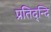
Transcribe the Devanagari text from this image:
प्रतिद्न्दि